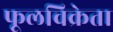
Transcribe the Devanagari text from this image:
फूलविक्रेता